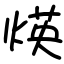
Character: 煐